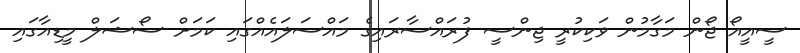
ސީއީއޯ ޖޯން މަގާމުން ވަކިކުރީ ޖިންސީ ފުރައްސާރައިގެ މައްސަލައެއްގައި ކަމަށް ސޯޝަލް މީޑިއާގައި